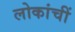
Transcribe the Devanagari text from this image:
लोकांचीं